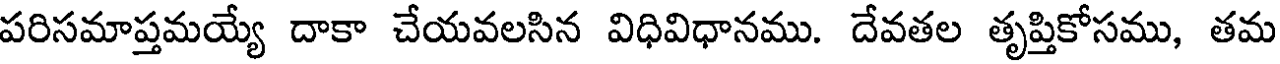
పరిసమాప్తమయ్యే దాకా చేయవలసిన విధివిధానము. దేవతల తృప్తికోసము, తమ